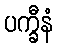
ပက္ခီနံ